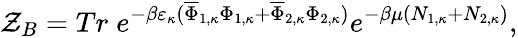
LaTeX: {\cal Z}_{B}=Tr\; e^{-\beta\varepsilon_{\kappa}(\overline{{{\Phi}}}_{1,\kappa}\Phi_{1,\kappa}+\overline{{{\Phi}}}_{2,\kappa}\Phi_{2,\kappa})}e^{-\beta\mu(N_{1,\kappa}+N_{2,\kappa})},